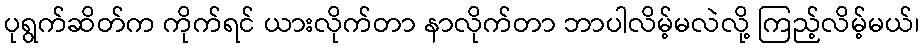
ပုရွက်ဆိတ်က ကိုက်ရင် ယားလိုက်တာ နာလိုက်တာ ဘာပါလိမ့်မလဲလို့ ကြည့်လိမ့်မယ်၊